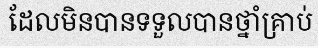
ដែលមិនបានទទួលបានថ្នាំគ្រាប់